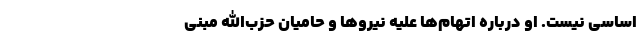
اساسی نیست. او درباره اتهام‌ها علیه نیروها و حامیان حزب‌الله مبنی